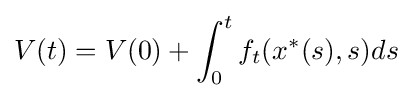
V(t)=V(0)+\int _{0}^{t}f_{t}(x^{\ast }(s),s)ds